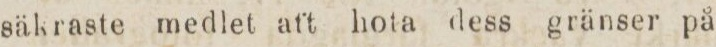
säkraste medlet aft hota dess gränser på